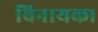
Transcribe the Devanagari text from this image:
विनायक।